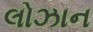
લોઝાન